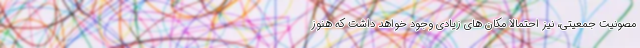
مصونیت جمعیتی، نیز احتمالا مکان های زیادی وجود خواهد داشت که هنوز